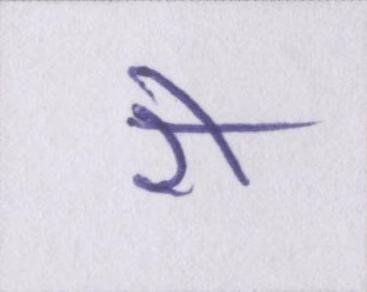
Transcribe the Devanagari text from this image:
री